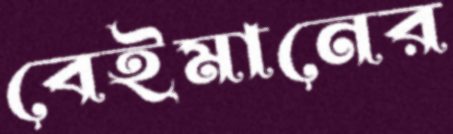
বেইমানের